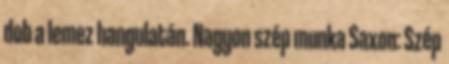
dob a lemez hangulatán. Nagyon szép munka Saxon: Szép